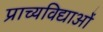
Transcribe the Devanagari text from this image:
प्राच्यविद्याओं